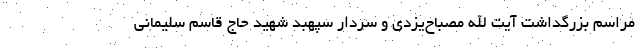
مراسم بزرگداشت آیت الله مصباح‌یزدی و سردار سپهبد شهید حاج قاسم سلیمانی